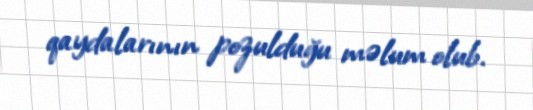
qaydalarının pozulduğu məlum olub.